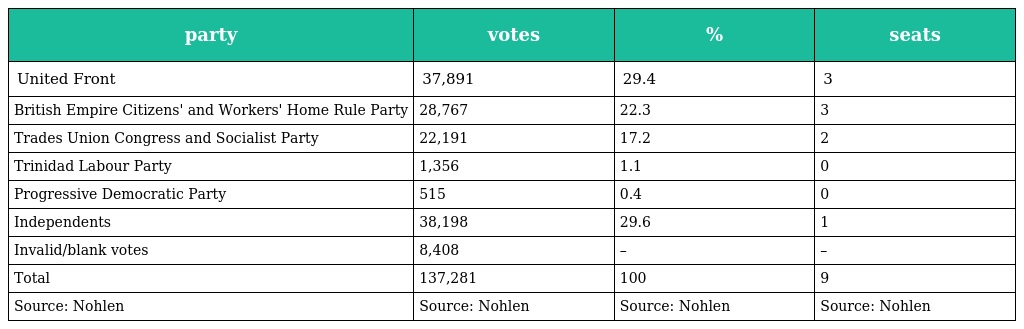
| party | votes | % | seats |
 | --- | --- | --- | --- |
 | United Front | 37,891 | 29.4 | 3 |
 | British Empire Citizens' and Workers' Home Rule Party | 28,767 | 22.3 | 3 |
 | Trades Union Congress and Socialist Party | 22,191 | 17.2 | 2 |
 | Trinidad Labour Party | 1,356 | 1.1 | 0 |
 | Progressive Democratic Party | 515 | 0.4 | 0 |
 | Independents | 38,198 | 29.6 | 1 |
 | Invalid/blank votes | 8,408 | – | – |
 | Total | 137,281 | 100 | 9 |
 | Source: Nohlen | Source: Nohlen | Source: Nohlen | Source: Nohlen |